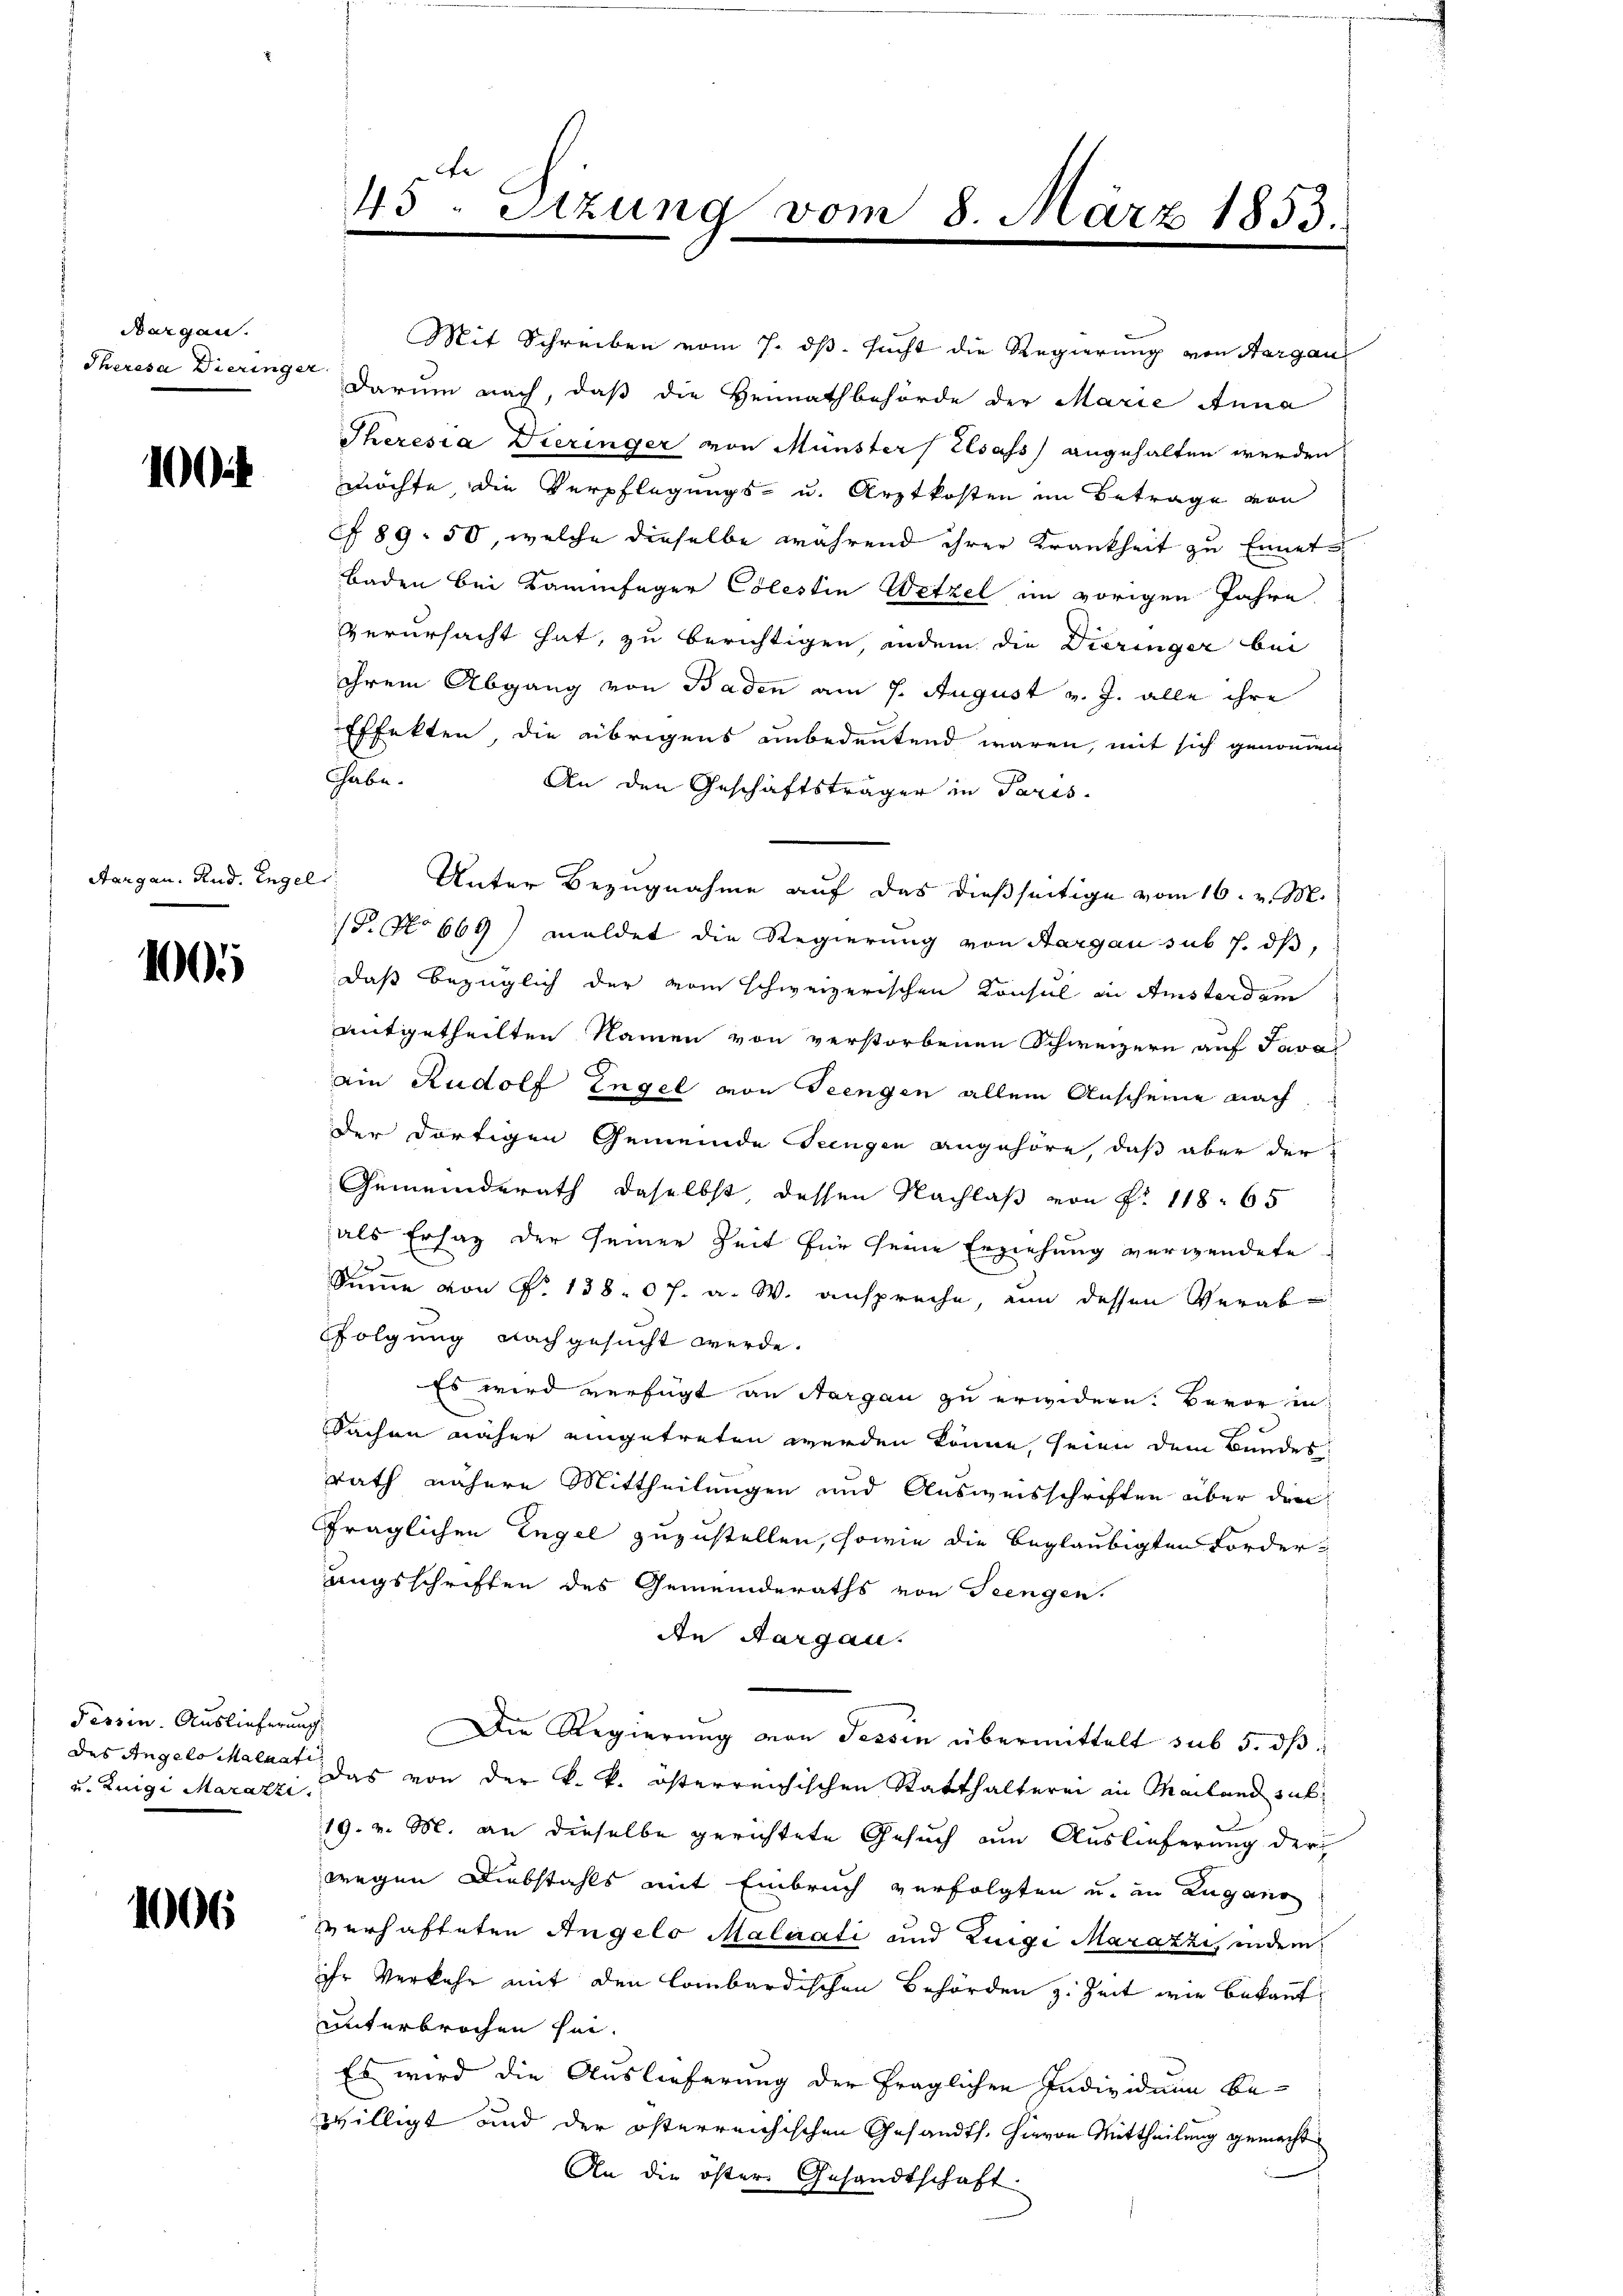
Bargau.

100

Aargau. Rud. Engel

100

Tessin. Auslieferung
des Angelo Malanti
u. Luigi Marazzi.

1006

Mit Schreiben vom 7. ds. sucht die Regierung von Sargau
Theresa Dieringer darum nach, daß die Heimathbehörde der Marie Anna
Theresia Dieringer von Münster Elsass angehalten werden
möchte, die Verpflegungs- u. Arztkosten im Betrage von
 89. 50, welche dieselbe während ihrer Krankheit zu Ennetbaden bei Kammfager Colestin Wetzel im vorigen Jahre
verursacht hat, zu berichtigen, indem die Dieringer bei
ihrem Abgang von Baden am 7. August v. J. alle ihre
Effekten, die übrigens unbedeutend waren, mit sich genommen
habe.
An den Geschäftsträger in Paris.
Unter Bezugnahme auf das dießseitige vom 16. v. M.
1. No 669) meldet die Regierung von Aargau sub s. dß,
daß bezüglich der vom schweizerischen Konsul in Amsterdam
mitgetheilten Namen von verstorbenen Schweizern auf Java
ain Rudolf Engel von Teengen allein Anscheine nach
der dortigen Gemeinde Teingen angehöre, daß aber der
Gemeinderath daselbst dessen Nachlaß von P. 118. 65
als Ersaz der seiner Zeit für seine Erziehung verwendete
Summe von P. 138. 67. a. W. anspreche, um dessen Verabfolgung nachgesucht werde.
Es wird verfügt an Nargau zu erwidern. Bevor in
Sachen näher eingetreten werden könne, seien dem Bundes
rath nähere Mittheilungen und Ausweisschriften über den
fraglichen Engel zuzustellen, sowie die beglaubigten Forderungsschriften des Gemeinderaths von Seengen.
An Aargau.
Die Regierung von Tessin übermittelt sub 5. dβ
das von der k. k. österreichischen Statthalterei in Mailand sub¬
19. v. M. an dieselbe gerichtete Gesuch am Auslieferung der
wegen Diebstahls mit Einbruch verfolgten u. in Zugano
verhafteten Angelo Malaati und Zunge Marazzi, indem
ihr Verkehr mit den lombardischen Behörden z. Zeit wie bekannt
unterbrochen sei.
Es wird die Auslieferung der fraglichen Individum be-
willigt und der österreichischen Gesandts. hievon Mittheilung gemacht
An die öster Gesandtschaft.

45. Sizung vom 8. März 1853.